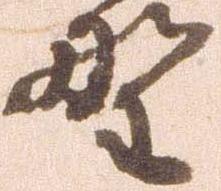
野